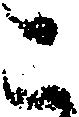
こ